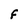
Character: F